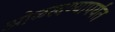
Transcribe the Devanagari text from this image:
ओळखण्यापर्यंत